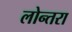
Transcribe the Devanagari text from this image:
लोन्तरा